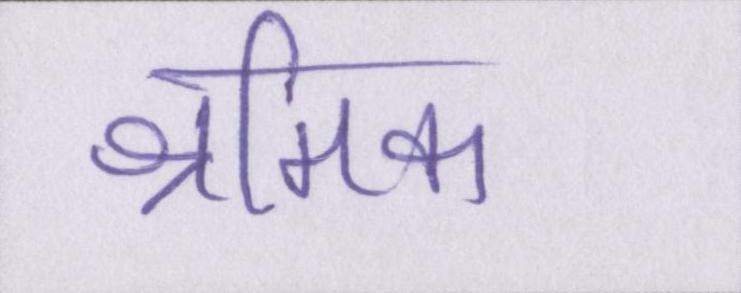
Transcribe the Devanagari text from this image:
श्रमिक